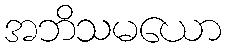
အဘိသမယော